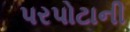
પરપોટાની